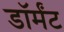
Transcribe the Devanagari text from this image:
डॉर्मंट